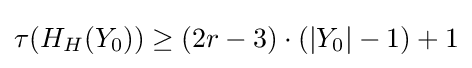
\tau (H_{H}(Y_{0}))\geq (2r-3)\cdot (|Y_{0}|-1)+1